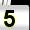
Digit: 5